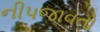
નીપજાવતો